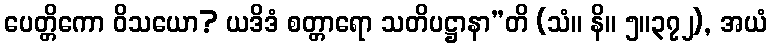
ပေတ္တိကော ဝိသယော? ယဒိဒံ စတ္တာရော သတိပဋ္ဌာနာ”တိ (သံ။ နိ။ ၅။၃၇၂), အယံ